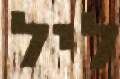
ליל